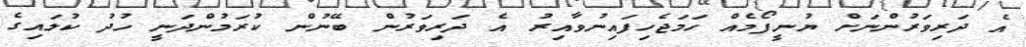
އެ ދަރިވަރުންނަށް ޔުނީފޯމެއް ހަމަޖެހިފައިނުވާއިރު އެ ދަރިވަރުން ބޭނުން ކުރަމުންދަނީ ހުދު ކުލައިގެ